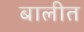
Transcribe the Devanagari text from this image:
बालीत